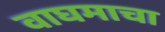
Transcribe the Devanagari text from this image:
वाघमाचा